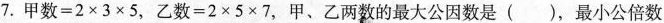
7. $$甲 数 = 2 \times 3 \times 5$$，$$乙 数 = 2 \times 5 \times 7$$，甲、乙两数的最大公因数是 ( )，最小公倍数